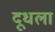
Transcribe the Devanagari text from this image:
दूधला